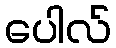
ပေါလ်